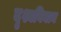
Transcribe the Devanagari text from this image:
दृश्यविघान